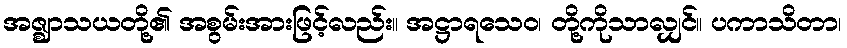
အဇ္ဈာသယတို့၏ အစွမ်းအားဖြင့်လည်း။ အဋ္ဌာရသေဝ၊ တို့ကိုသာလျှင်။ ပကာသိတာ၊